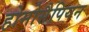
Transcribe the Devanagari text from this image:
होमोसैपियन